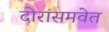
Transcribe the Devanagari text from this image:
दोरांसमवेत